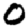
Digit: 0